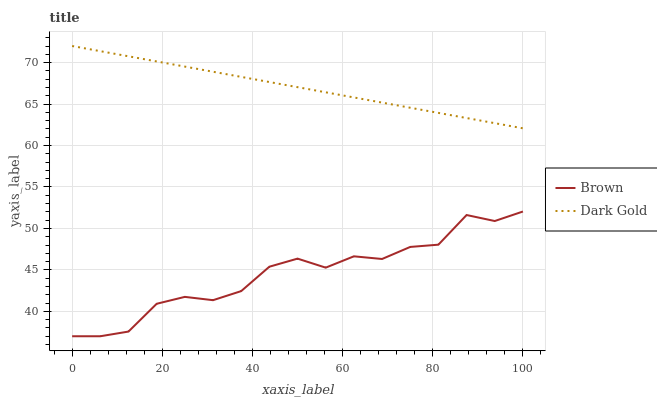
| xaxis_label | Brown | Dark Gold |
 | --- | --- | --- |
 | 0 | 37 | 72 |
 | 6.25 | 37 | 71.4 |
 | 12.5 | 37.6 | 70.8 |
 | 18.8 | 40.9 | 70.1 |
 | 25 | 41.7 | 69.5 |
 | 31.2 | 41.3 | 68.9 |
 | 37.5 | 42.4 | 68.3 |
 | 43.8 | 45.4 | 67.7 |
 | 50 | 46.4 | 67 |
 | 56.2 | 45.3 | 66.4 |
 | 62.5 | 46.6 | 65.8 |
 | 68.8 | 46.3 | 65.2 |
 | 75 | 47.8 | 64.6 |
 | 81.2 | 48 | 63.9 |
 | 87.5 | 51.6 | 63.3 |
 | 93.8 | 50.9 | 62.7 |
 | 100 | 52 | 62.1 |